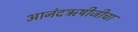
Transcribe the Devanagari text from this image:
आनंदऋषीजीचा